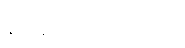
နီးပါးပို များပါတယ်။